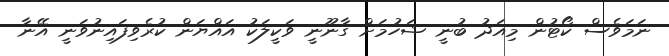
ނަމަވެސް ކޯޓުން މިއަދު ބުނީ ޝަހުމަށް ގާނޫނީ ވަކީލަކު އައްޔަން ކުރެވިފައިނުވަނީ އޭނާ